Resolution. No. 1369 Ex.
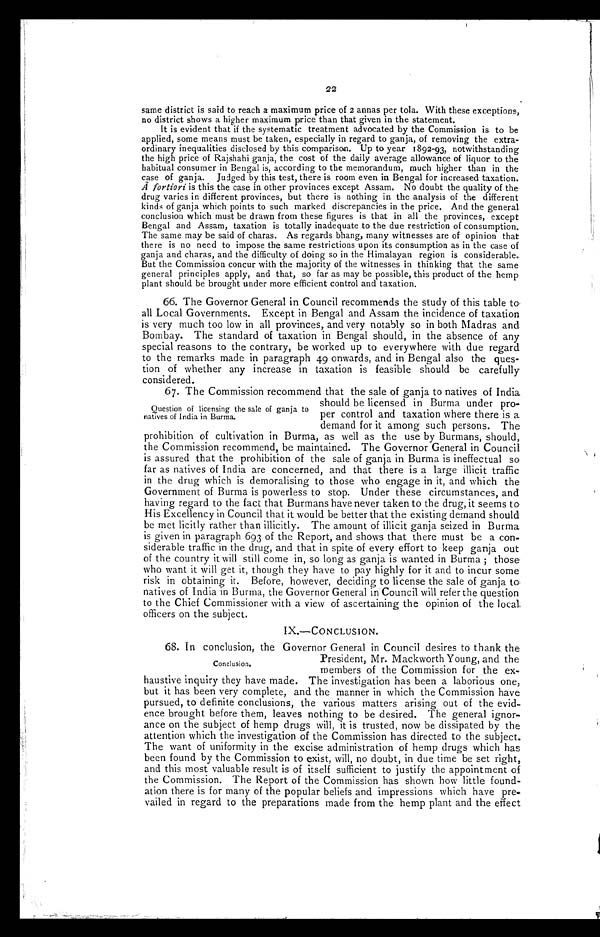
22
same district is said to reach a maximum price of 2 annas per tola. With these exceptions,
no district shows a higher maximum price than that given in the statement.
It is evident that if the systematic treatment advocated by the Commission is to be
applied, some means must be taken, especially in regard to ganja, of removing the extra-
ordinary inequalities disclosed by this comparison. Up to year 1892-93, notwithstanding
the high price of Rajshahi ganja, the cost of the daily average allowance of liquor to the
habitual consumer in Bengal is, according to the memorandum, much higher than in the
case of ganja. Judged by this test, there is room even in Bengal for increased taxation.
A fortiori is this the case in other provinces except Assam. No doubt the quality of the
drug varies in different provinces, but there is nothing in the analysis of the different
kinds of ganja which points to such marked discrepancies in the price. And the general
conclusion which must be drawn from these figures is that in all the provinces, except
Bengal and Assam, taxation is totally inadequate to the due restriction of consumption.
The same may be said of charas. As regards bhang, many witnesses are of opinion that
there is no need to impose the same restrictions upon its consumption as in the case of
ganja and charas, and the difficulty of doing so in the Himalayan region is considerable.
But the Commission concur with the majority of the witnesses in thinking that the same
general principles apply, and that, so far as may be possible, this product of the hemp
plant should be brought under more efficient control and taxation.
66. The Governor General in Council recommends the study of this table to
all Local Governments. Except in Bengal and Assam the incidence of taxation
is very much too low in all provinces, and very notably so in both Madras and
Bombay. The standard of taxation in Bengal should, in the absence of any
special reasons to the contrary, be worked up to everywhere with due regard
to the remarks made in paragraph 49 onwards, and in Bengal also the ques-
tion of whether any increase in taxation is feasible should be carefully
considered.
67. The Commission recommend that the sale of ganja to natives of India
Question of licensing the sale of ganja to
natives of India in Burma.
should be licensed in Burma under pro-
per control and taxation where there is a
demand for it among such persons. The
prohibition of cultivation in Burma, as well as the use by Burmans, should,
the Commission recommend, be maintained. The Governor General in Council
is assured that the prohibition of the sale of ganja in Burma is ineffectual so
far as natives of India are concerned, and that there is a large illicit traffic
in the drug which is demoralising to those who engage in it, and which the
Government of Burma is powerless to stop. Under these circumstances, and
having regard to the fact that Burmans have never taken to the drug, it seems to
His Excellency in Council that it would be better that the existing demand should
be met licitly rather than illicitly. The amount of illicit ganja seized in Burma
is given in paragraph 693 of the Report, and shows that there must be a con-
siderable traffic in the drug, and that in spite of every effort to keep ganja out
of the country it will still come in, so long as ganja is wanted in Burma ; those
who want it will get it, though they have to pay highly for it and to incur some
risk in obtaining it. Before, however, deciding to license the sale of ganja to
natives of India in Burma, the Governor General in Council will refer the question
to the Chief Commissioner with a view of ascertaining the opinion of the local
officers on the subject.
IX.—CONCLUSION.
68. In conclusion, the Governor General in Council desires to thank the
Conclusion.
President, Mr. Mackworth Young, and the
members of the Commission for the ex-
haustive inquiry they have made. The investigation has been a laborious one,
but it has been very complete, and the manner in which the Commission have
pursued, to definite conclusions, the various matters arising out of the evid-
ence brought before them, leaves nothing to be desired. The general ignor-
ance on the subject of hemp drugs will, it is trusted, now be dissipated by the
attention which the investigation of the Commission has directed to the subject.
The want of uniformity in the excise administration of hemp drugs which has
been found by the Commission to exist, will, no doubt, in due time be set right,
and this most valuable result is of itself sufficient to justify the appointment of
the Commission. The Report of the Commission has shown how little found-
ation there is for many of the popular beliefs and impressions which have pre-
vailed in regard to the preparations made from the hemp plant and the effect